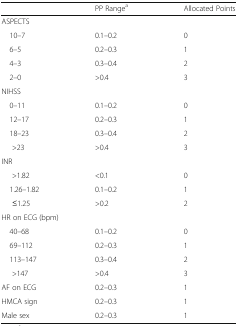
|  | PP Rangea | Allocated Points |
 | --- | --- | --- |
 | <COLSPAN=3> ASPECTS |
 | 10–7 | 0.1–0.2 | 0 |
 | 6–5 | 0.2–0.3 | 1 |
 | 4–3 | 0.3–0.4 | 2 |
 | 2–0 | >0.4 | 3 |
 | <COLSPAN=3> NIHSS |
 | 0–11 | 0.1–0.2 | 0 |
 | 12–17 | 0.2–0.3 | 1 |
 | 18–23 | 0.3–0.4 | 2 |
 | >23 | >0.4 | 3 |
 | <COLSPAN=3> INR |
 | >1.82 | <0.1 | 0 |
 | 1.26–1.82 | 0.1–0.2 | 1 |
 | ≤1.25 | >0.2 | 2 |
 | <COLSPAN=3> HR on ECG (bpm) |
 | 40–68 | 0.1–0.2 | 0 |
 | 69–112 | 0.2–0.3 | 1 |
 | 113–147 | 0.3–0.4 | 2 |
 | >147 | >0.4 | 3 |
 | AF on ECG | 0.2–0.3 | 1 |
 | HMCA sign | 0.2–0.3 | 1 |
 | Male sex | 0.2–0.3 | 1 |